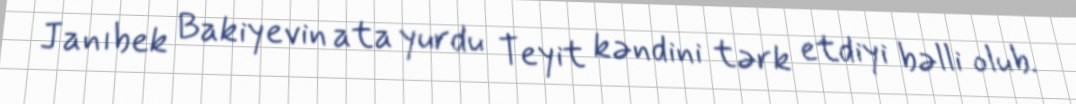
Janıbek Bakiyevin ata yurdu Teyit kəndini tərk etdiyi bəlli olub.